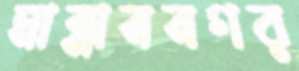
মান্নাননগর